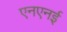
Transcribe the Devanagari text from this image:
एनएनई